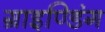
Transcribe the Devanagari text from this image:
ग्राइण्डिंग